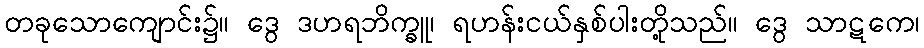
တခုသောကျောင်း၌။ ဒွေ ဒဟရဘိက္ခူ၊ ရဟန်းငယ်နှစ်ပါးတို့သည်။ ဒွေ သာဋကေ၊